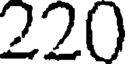
220